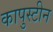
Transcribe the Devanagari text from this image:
कापुस्टीन